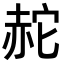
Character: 𧹟